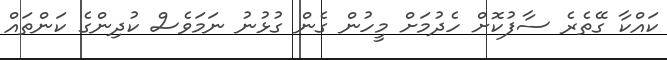
ކައްކާ ގޭތެރެ ސާފުކޮށް ހެދުމަށް މީހުން ގެން ގުޅުނު ނަމަވެސް ކުދިންގެ ކަންތައް